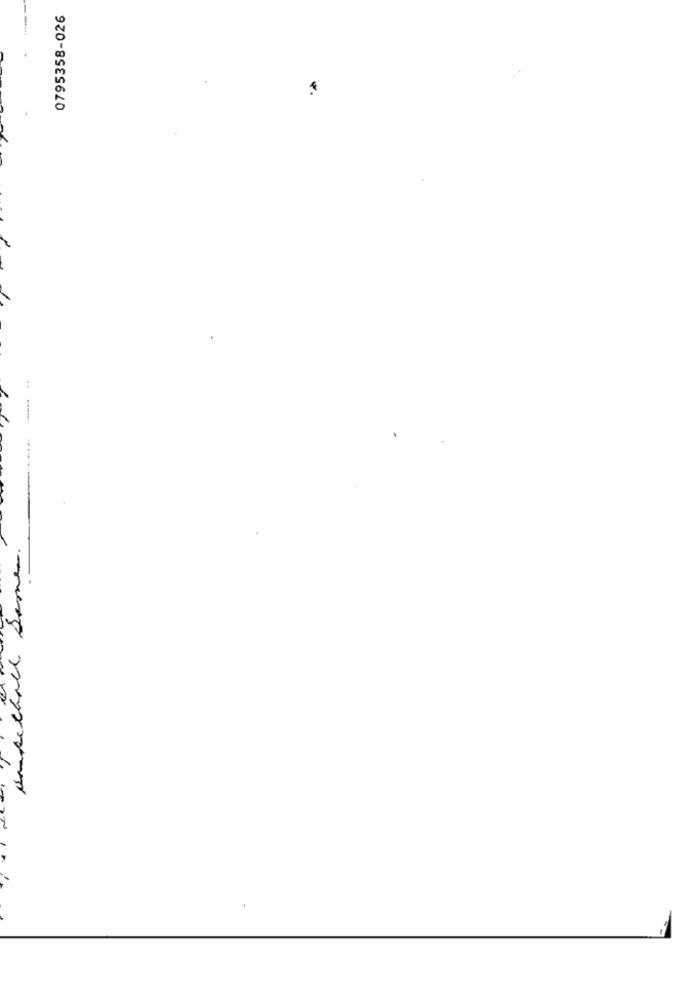
0795358-026
Ankethall Semer.